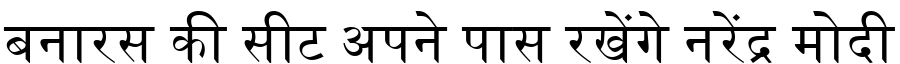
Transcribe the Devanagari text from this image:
बनारस की सीट अपने पास रखेंगे नरेंद्र मोदी